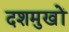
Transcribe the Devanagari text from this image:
दशमुखों